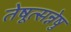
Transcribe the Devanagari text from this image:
तेषूत्सन्नेषु